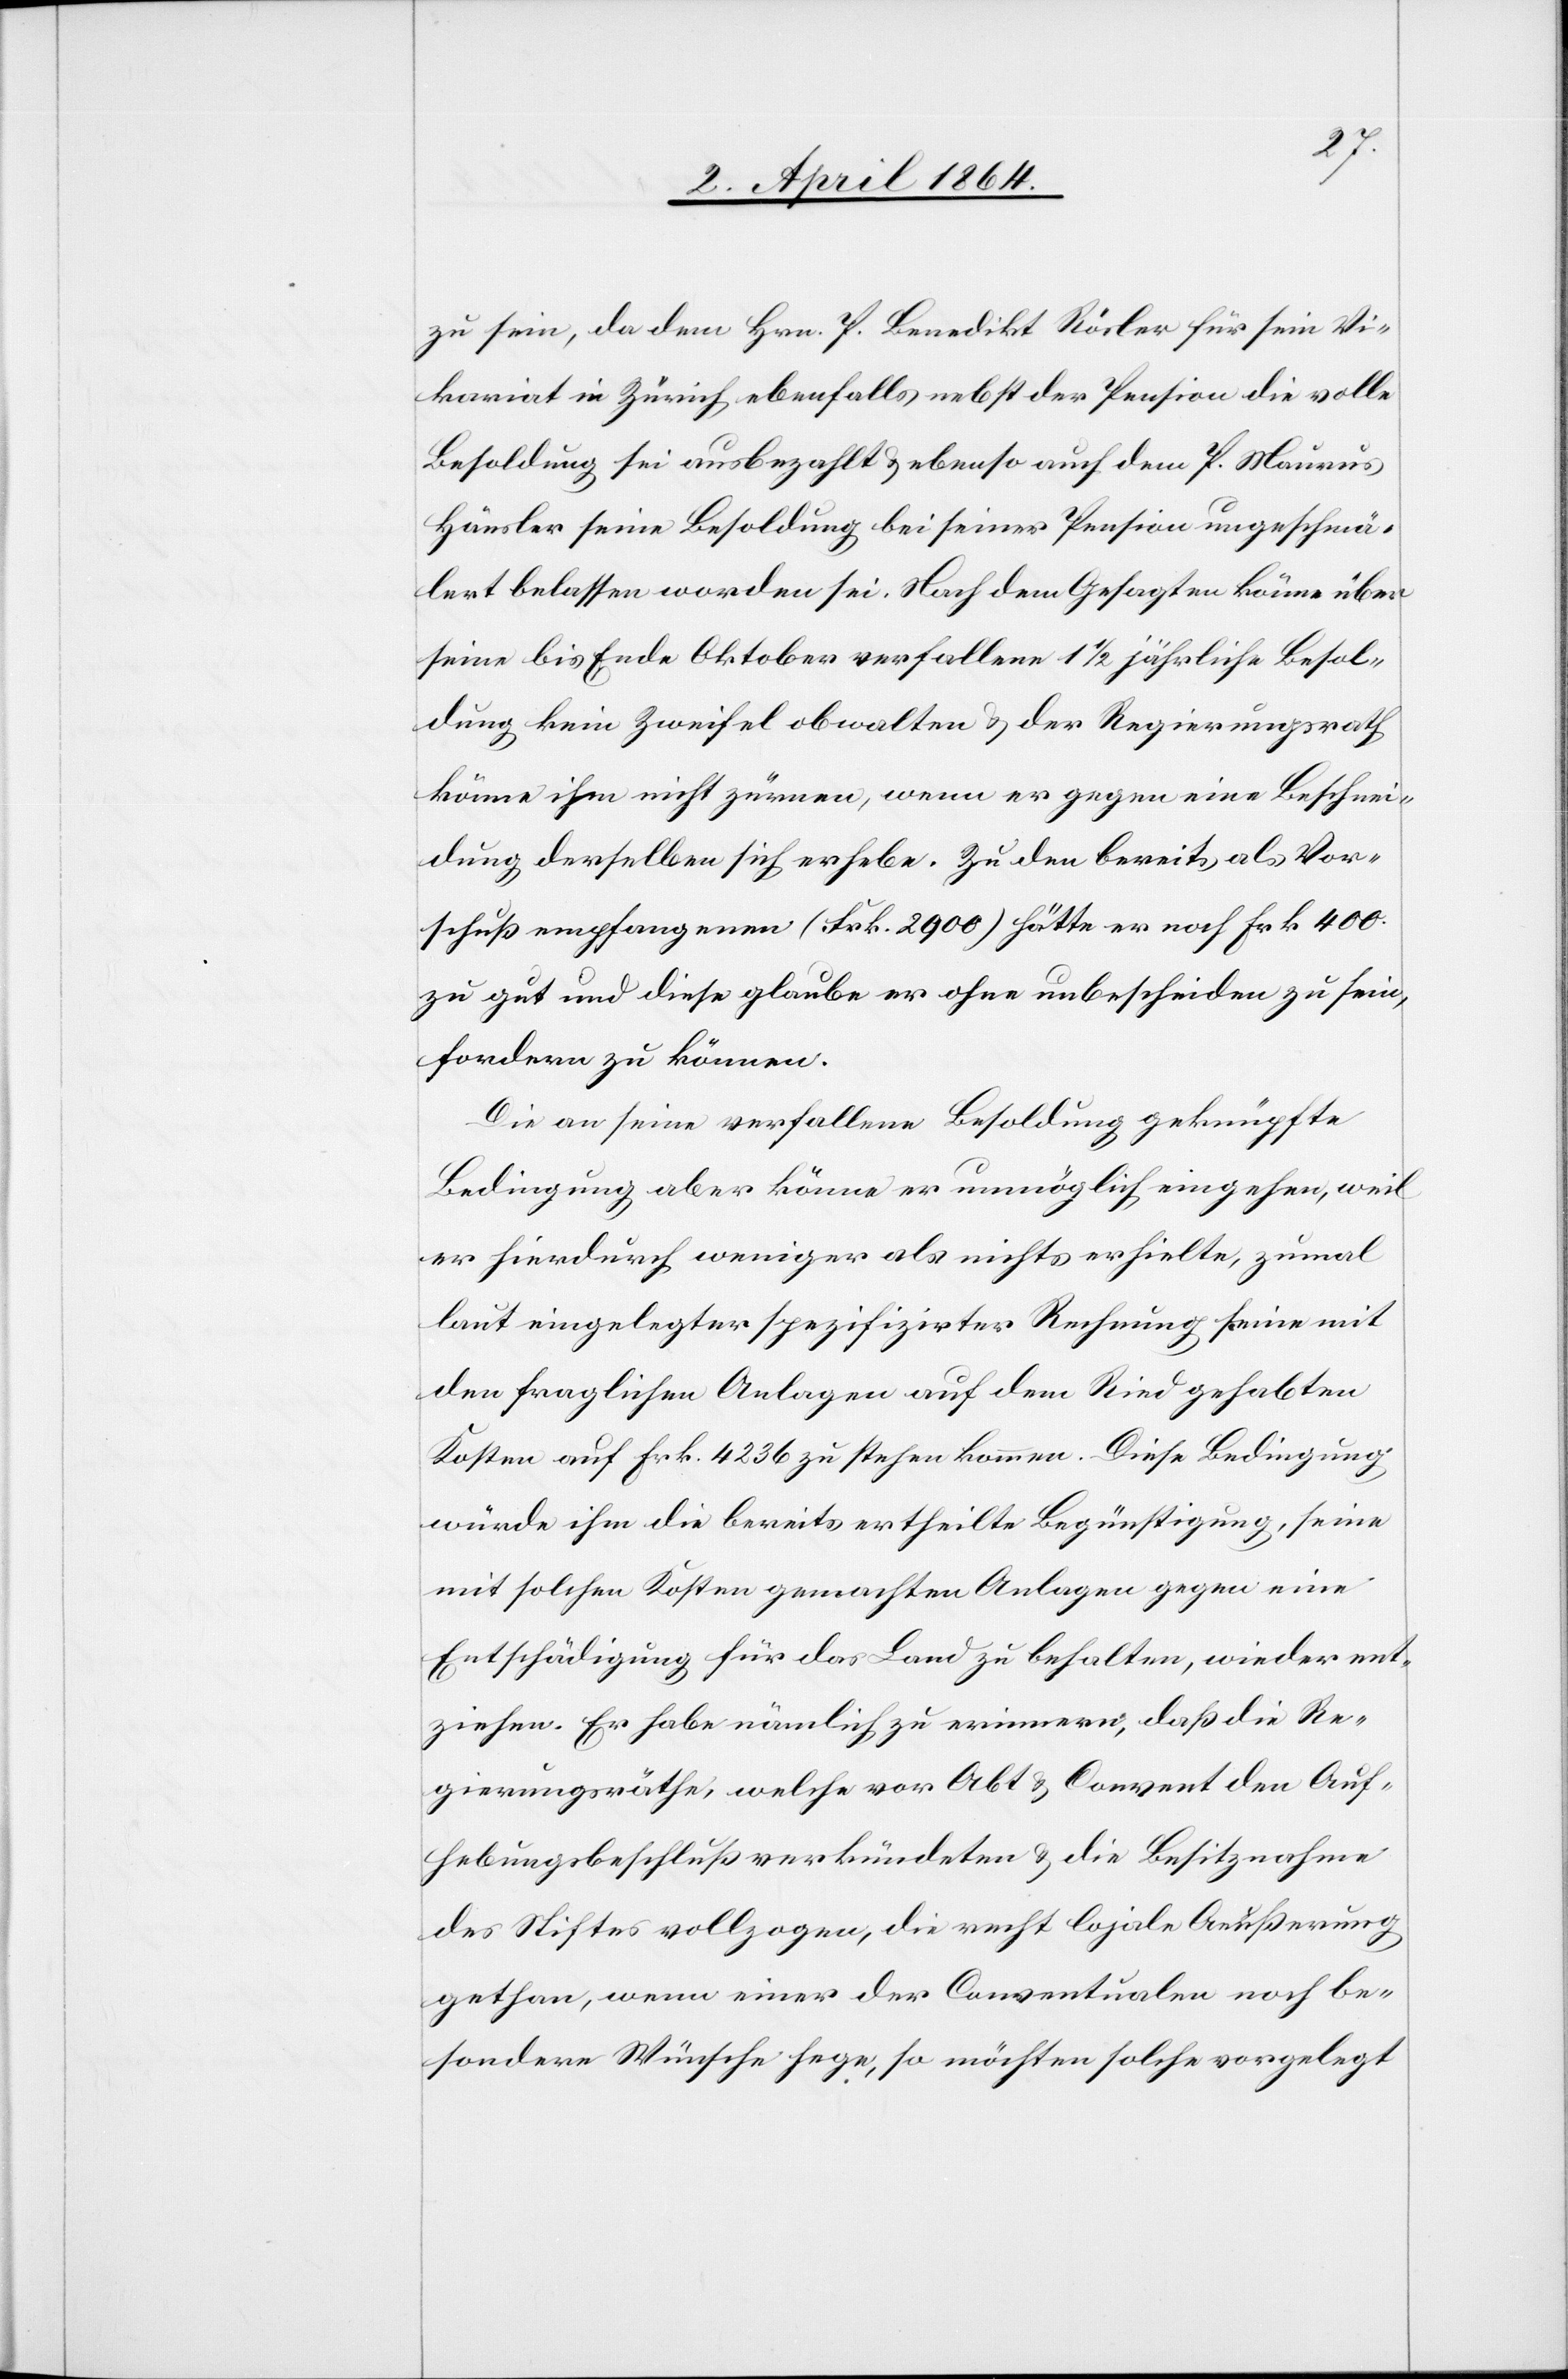
zu sein, da dem Hrn. P. Benedikt Rösler für sein Vi¬
kariat in Zürich ebenfalls nebst der Pension die volle
Besoldung sei ausbezahlt u. ebenso auch dem P. Maurus
Häusler seine Besoldung bei seiner Pension ungeschmä¬
lert belassen worden sei. Nach dem Gesagten könne über
seine bis Ende Oktober verfallene 1 1/2 jährliche Besol¬
dung keine Zweifel obwalten u. der Regierungsrath
könne ihm nicht zürnen, wenn er gegen eine Beschnei¬
dung derselben sich erhebe. Zu den bereits als Vor¬
schuß empfangenen (Frk. 2900) hätte er noch Frk 400
zu gut und diese glaube er ohne unbescheiden zu sein,
fordern zu können.
Die an seine verfallene Besoldung geknüpfte
Bedingung aber könne er unmöglich eingehen, weil
er hierdurch weniger als nichts erhielte, zumal
laut eingelegter spezifizirter Rechnung seine mit
den fraglichen Anlagen auf dem Ried gehabten
Kosten auf Frk. 4236 zu stehen kommen. Diese Bedingung
würde ihm die bereits ertheilte Begünstigung, seine
mit solchen Kosten gemachten Anlagen gegen eine
Entschädigung für das Land zu behalten, wieder ent¬
ziehen. Er habe nämlich zu erinnern, daß die Re¬
gierungsräthe, welche von Abt u. Convent den Auf¬
hebungsbeschluß verkündeten u. die Besitznahme
des Stiftes vollzogen, die recht lojale Aeußerung
gethan, wenn einer der Conventualen noch be¬
sondere Wünsche hege, so möchten solche vorgelegt